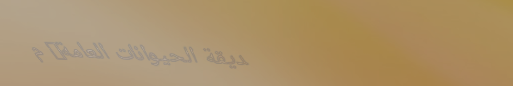
حديقة الحيوانات العامة: م